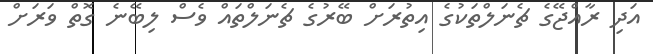
އަދި ރާއްޖޭގެ ޗެނަލްތަކުގެ އިތުރަށް ބޭރުގެ ޗެނަލްތައް ވެސް ލިބޭނެ ގޮތް ވަރަށް